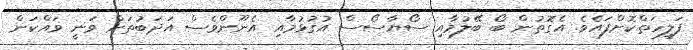
ފަލީހަތްކޮށްފައެވެ. އެގޮތުން ބޯ ބޭލުމާއި ސޯޔާސޯސް އުގުޅުމާއި އެނޫންވެސް އަދަބުތަށް ވަނީ ވައްކަން